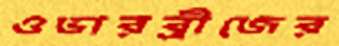
ওভারব্রীজের